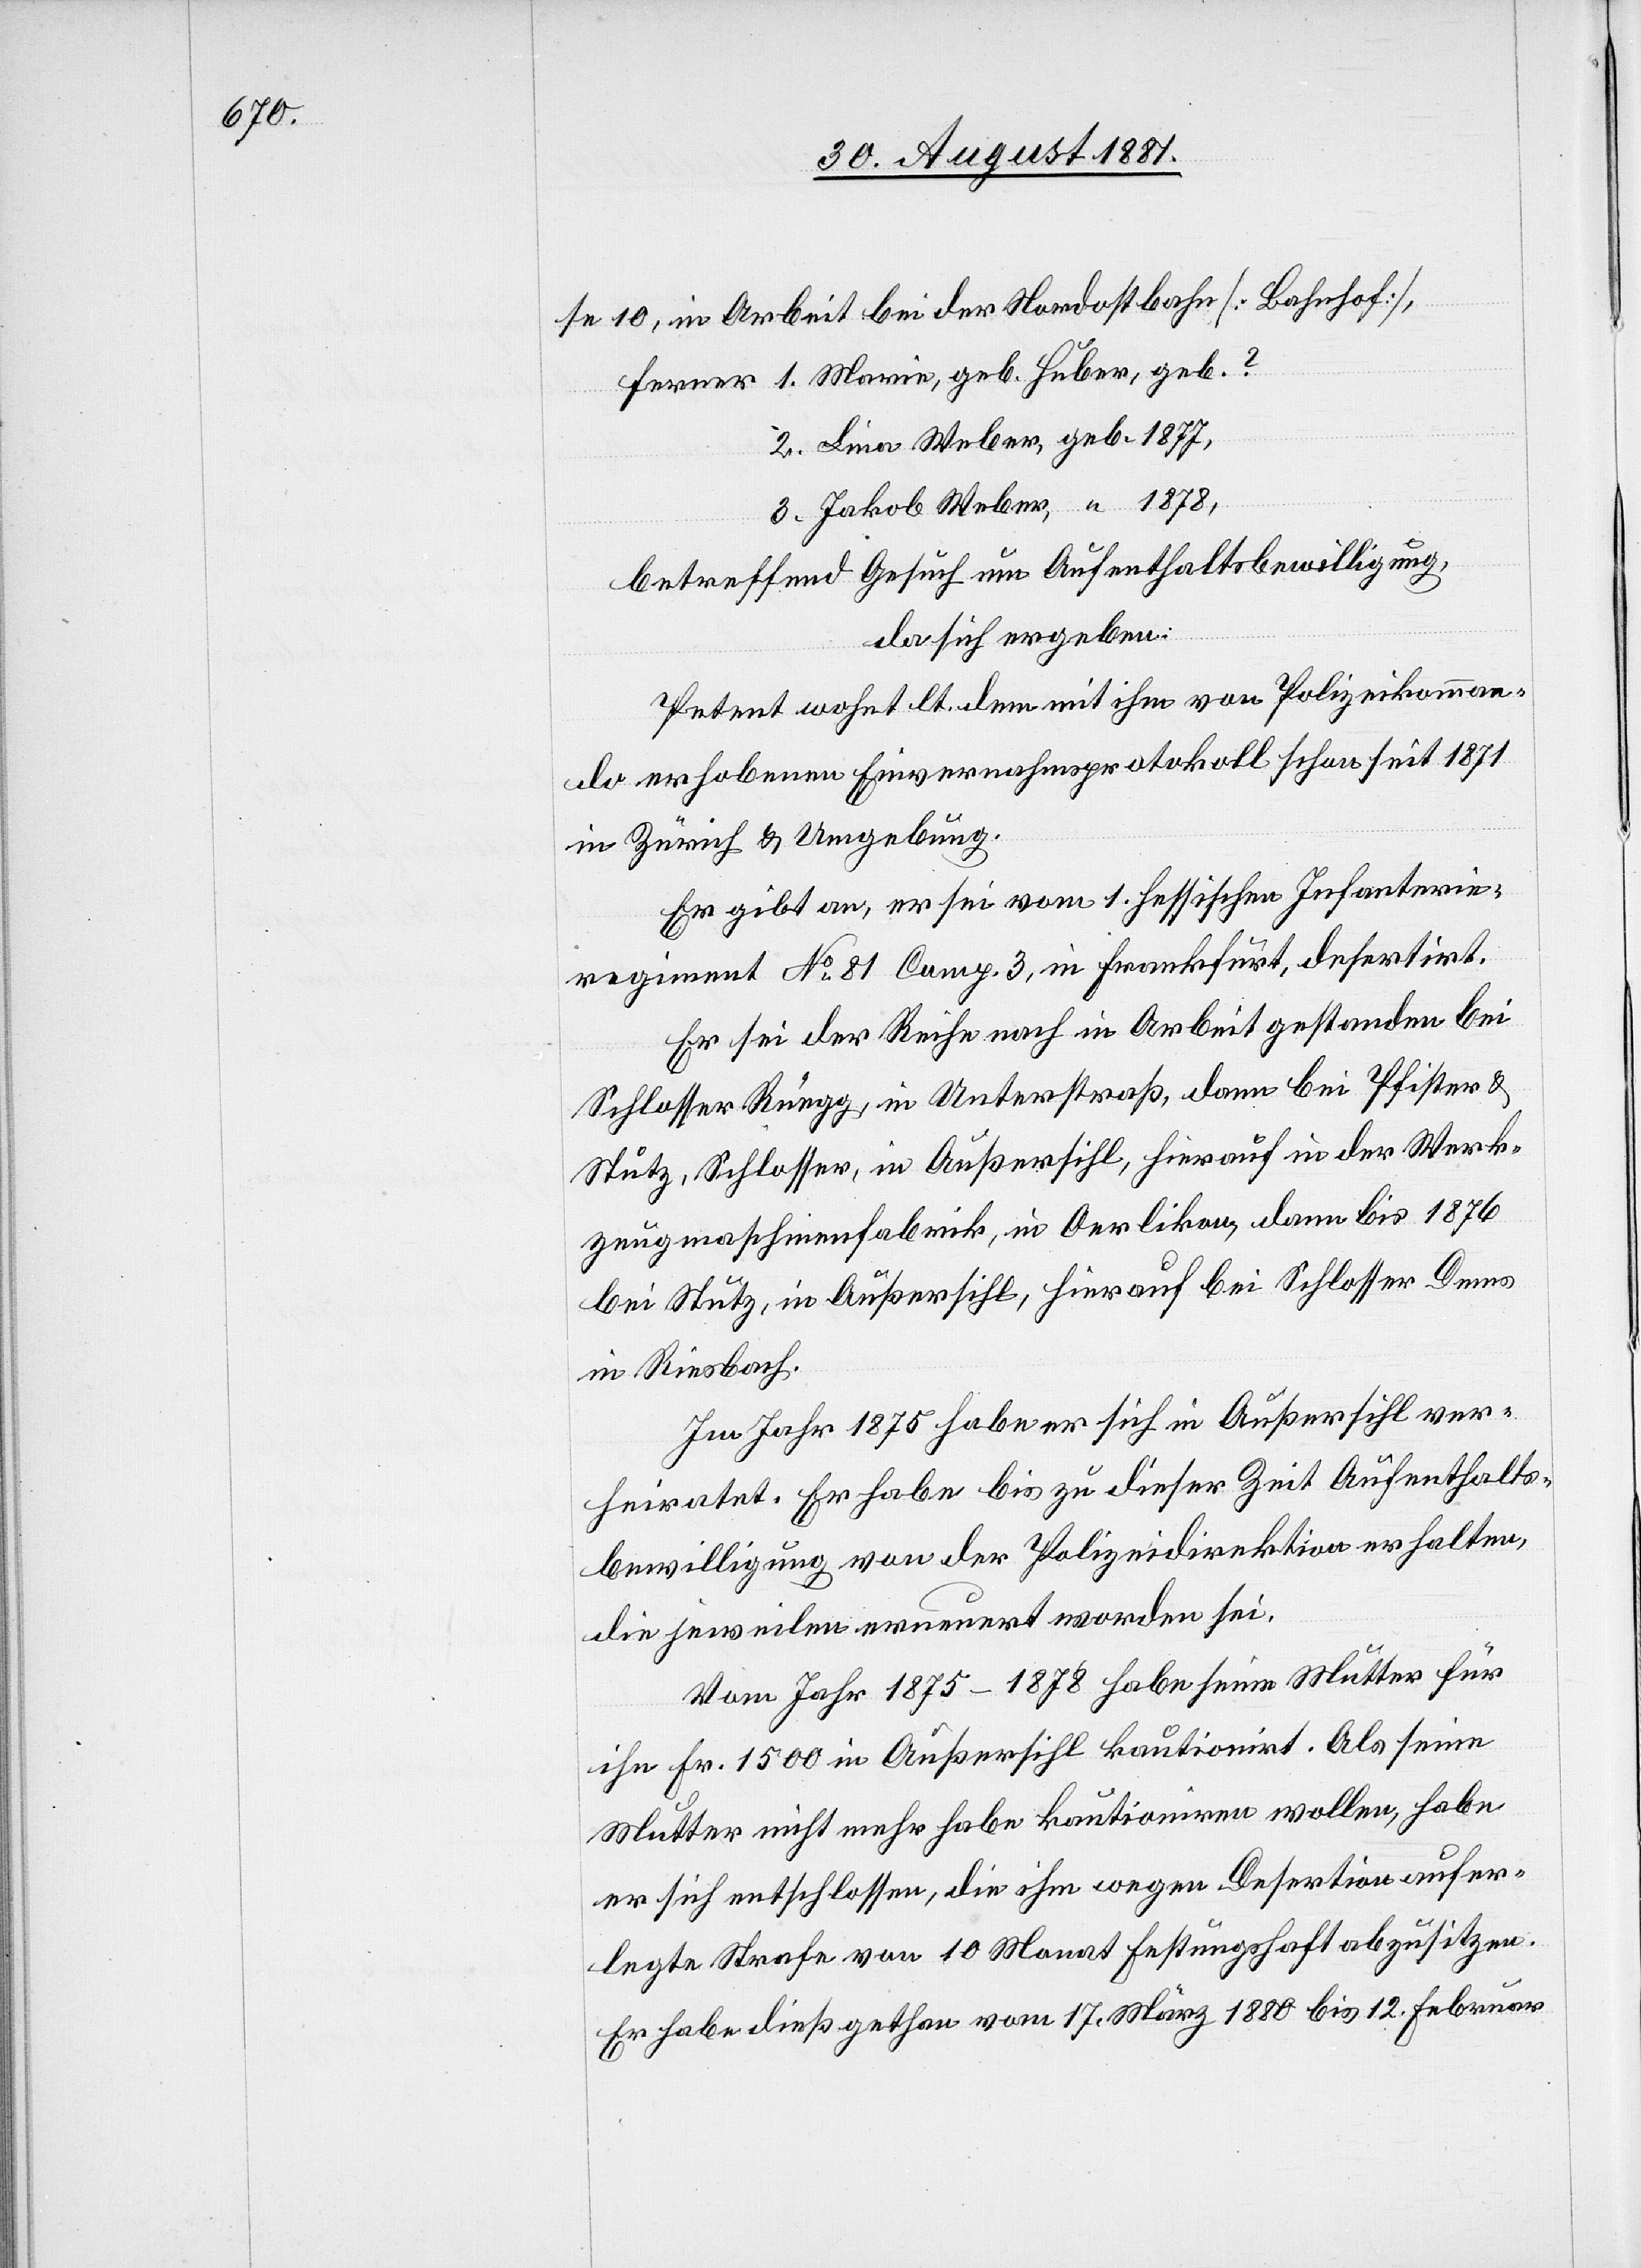
[Bahnhof],
1.
se 10, in Arbeit bei der Nordostbahn
3.
Lina Weber, geb. 1877,
?
Jakob Weber, ” 1878,
betreffend Gesuch um Aufenthaltsbewilligung,
da sich ergeben:
Petent wohnt lt. dem mit ihm von Polizeikomman¬
do erhobenen Einvernahmsprotokoll schon seit 1871
in Zürich & Umgebung.
Er gibt an, er sei vom 1. Hessischen Infanterie¬
regiment No 81 Comp. 3, in Frankfurt, desertirt.
Er sei der Reihe nach in Arbeit gestanden bei
Schlosser Rüegg, in Unterstraß, dann bei Pfister &
Stutz, Schlosser, in Außersihl, hierauf in der Werk¬
zeugmaschienenfabrik, in Oerlikon, dann bis 1876
bei Stutz, in Außersihl, hierauf bei Schlosser Dems
in Riesbach.
Im Jahr 1875 habe er sich in Außersihl ver¬
heiratet. Er habe bis zu dieser Zeit Aufenthalts¬
bewilligung von der Polizeidirektion erhalten,
die jeweilen erneuert worden sei.
Vom Jahr 1875–1878 habe seine Mutter für
ihn Fr. 1500 in Außersihl kautionirt. Als seine
Mutter nicht mehr habe kautioniren wollen, habe
er sich entschlossen, die ihm wegen Desertion aufer¬
legte Strafe von 10 Monat Festungshaft abzusitzen.
Er habe dieß gethan vom 17. März 1880 bis 12. Februar